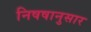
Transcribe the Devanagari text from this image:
निषषानुसार